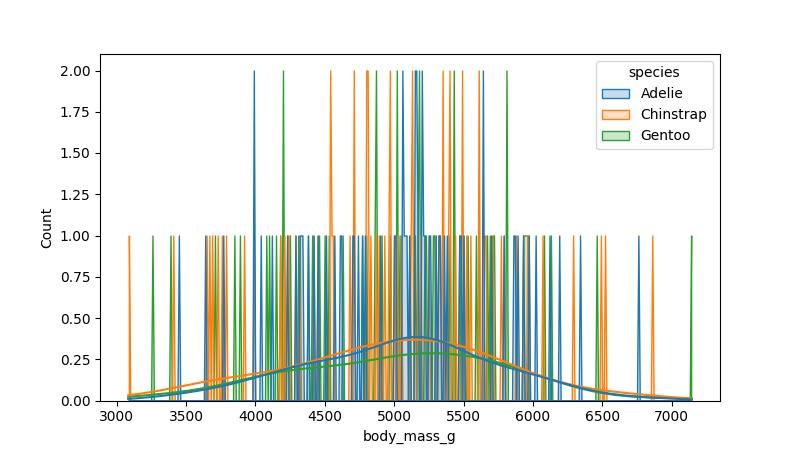
python, seaborn, histplot, hue='species', binwidth=10, bins='20', element='poly'